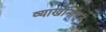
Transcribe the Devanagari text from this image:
व्याखानांतून